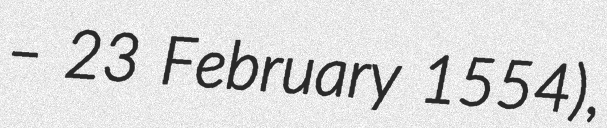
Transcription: – 23 February 1554),